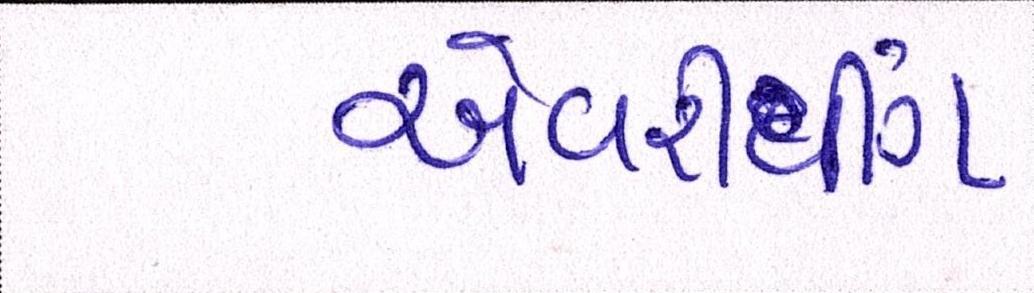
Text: એવરીથીંગ